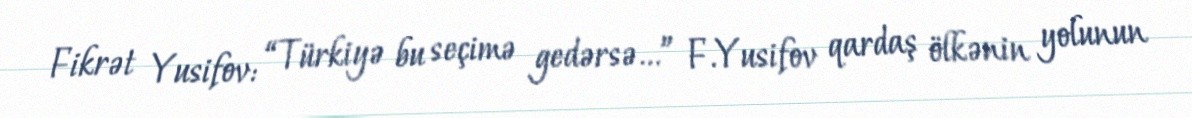
Fikrət Yusifov: “Türkiyə bu seçimə gedərsə...” F.Yusifov qardaş ölkənin yolunun